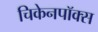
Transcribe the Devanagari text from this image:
चिकेनपॉक्स